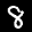
Label: 8